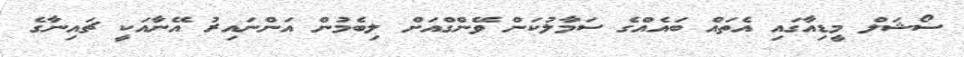
ސޯޝަލް މީޑިއާގައި އެތައް ބައެއްގެ ސަމާލުކަން ވޭންގްއަށް ލިބެމުން އަންނައިރު އޭނާއަކީ ޗައިނާގެ